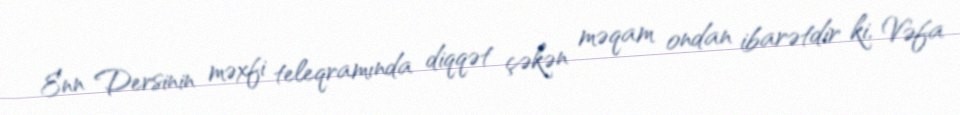
Enn Dersinin məxfi teleqramında diqqət çəkən məqam ondan ibarətdir ki, Vəfa